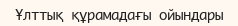
Ұлттық құрамадағы ойындары